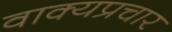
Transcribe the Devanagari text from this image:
वाक्यप्रचार